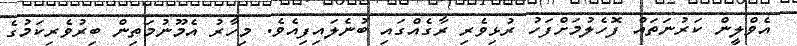
އެވްލީން ކަރުނަތައް ފޮހެލުމަށްފަހު ރުޅިވެރި ރާގެއްގައި ބުނެލައިފިއެވެ. މިހާރު އެމޫނުމަތިން ބިރުވެރިކަމުގެ